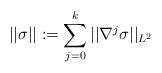
LaTeX: \begin{align*} ||\sigma|| := \sum_{j=0}^k ||\nabla^j \sigma||_{L^2} \end{align*}